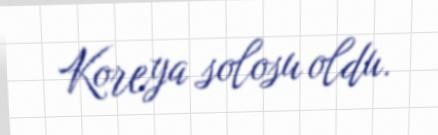
Koreya solosu oldu.